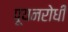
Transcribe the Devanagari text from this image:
पूयनरोधी